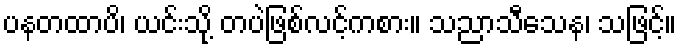
ပနတထာပိ၊ ယင်းသို့ တပဲဖြစ်လင့်ကစား။ သညာသီသေန၊ သဖြင့်။